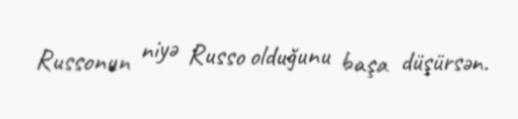
Russonun niyə Russo olduğunu başa düşürsən.